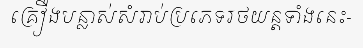
គ្រឿងបន្លាស់សំរាប់ប្រភេទរថយន្តទាំងនេះ-